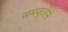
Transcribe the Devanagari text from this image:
समजुतीनें